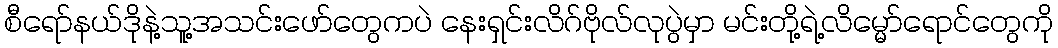
စီရော်နယ်ဒိုနဲ့သူ့အသင်းဖော်တွေကပဲ နေးရှင်းလိဂ်ဗိုလ်လုပွဲမှာ မင်းတို့ရဲ့လိမ္မော်ရောင်တွေကို